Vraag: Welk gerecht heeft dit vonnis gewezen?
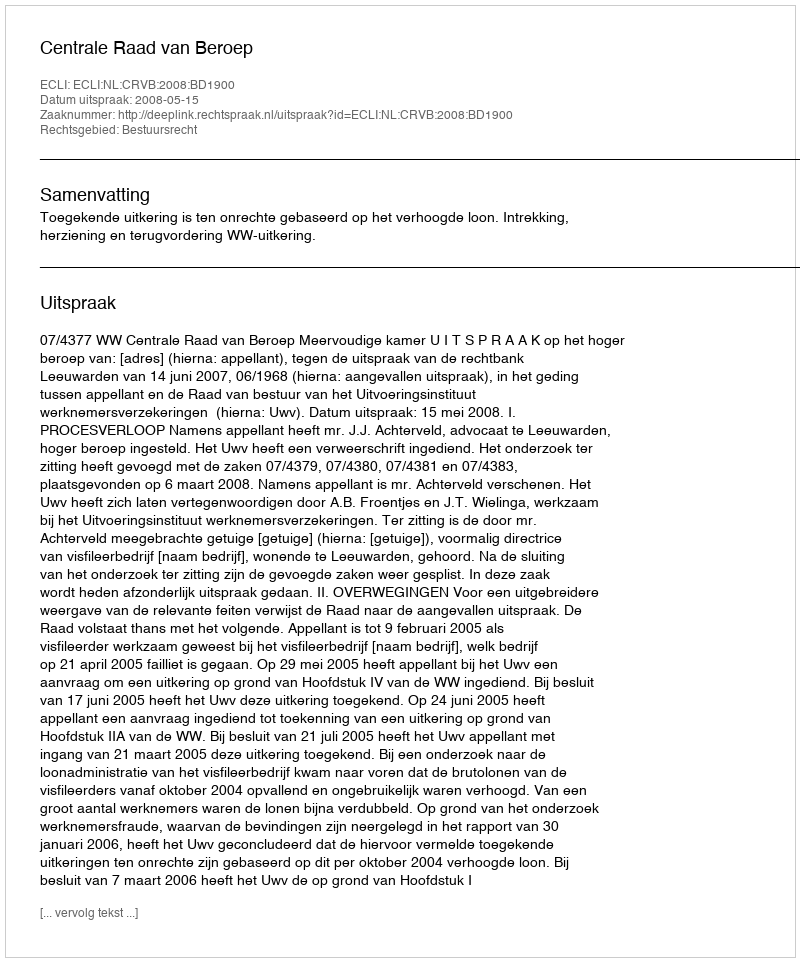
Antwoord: Centrale Raad van Beroep